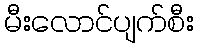
မီးလောင်ပျက်စီး